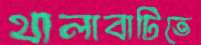
থালাবাটিতে